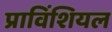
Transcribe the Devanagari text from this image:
प्राविंशियल